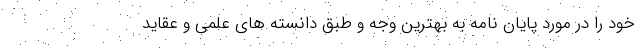
خود را در مورد پایان نامه به بهترین وجه و طبق دانسته های علمی و عقاید